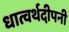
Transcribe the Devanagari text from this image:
धात्वर्थदीपनी